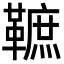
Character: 䩾